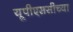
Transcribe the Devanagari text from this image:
यूपीएससीच्या